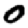
Digit: 0